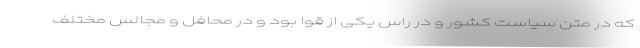
که در متن سیاست کشور و در راس یکی از قوا بود و در محافل و مجالس مختلف